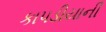
કાપડીયાની